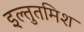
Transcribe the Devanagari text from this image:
इल्‍तुतमिश